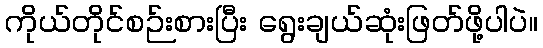
ကိုယ်တိုင်စဉ်းစားပြီး ရွေးချယ်ဆုံးဖြတ်ဖို့ပါပဲ။